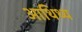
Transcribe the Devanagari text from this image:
आथिथ्य